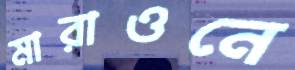
মারাওনে